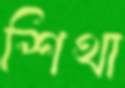
শিথা